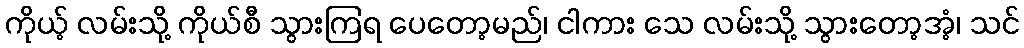
ကိုယ့် လမ်းသို့ ကိုယ်စီ သွားကြရ ပေတော့မည်၊ ငါကား သေ လမ်းသို့ သွားတော့အံ့၊ သင်